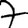
Digit: 7